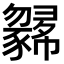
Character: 𢑼